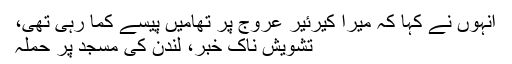
انہوں نے کہا کہ میرا کیرئیر عروج پر تھامیں پیسے کما رہی تھی،
تشویش ناک خبر، لندن کی مسجد پر حملہ